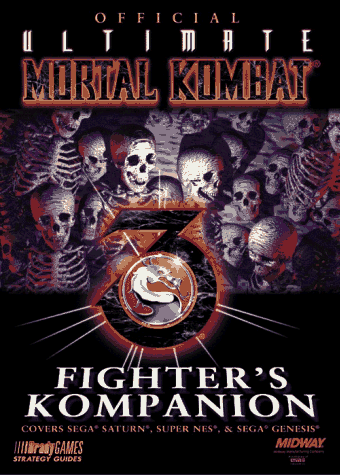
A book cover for Official Ultimate Mortal Kombat 3 Fighter's Kompanion (Official Strategy Guides); BradyGames; Children's Books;